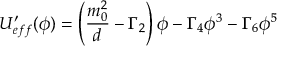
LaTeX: U _ { e f f } ^ { \prime } ( \phi ) = \left( \frac { m _ { 0 } ^ { 2 } } { d } - \Gamma _ { 2 } \right) \phi - \Gamma _ { 4 } \phi ^ { 3 } - \Gamma _ { 6 } \phi ^ { 5 }